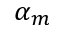
\alpha _ { m }